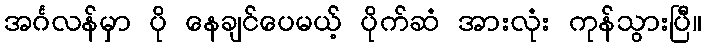
အင်္ဂလန်မှာ ပို နေချင်ပေမယ့် ပိုက်ဆံ အားလုံး ကုန်သွားပြီ။